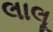
લાલૂ